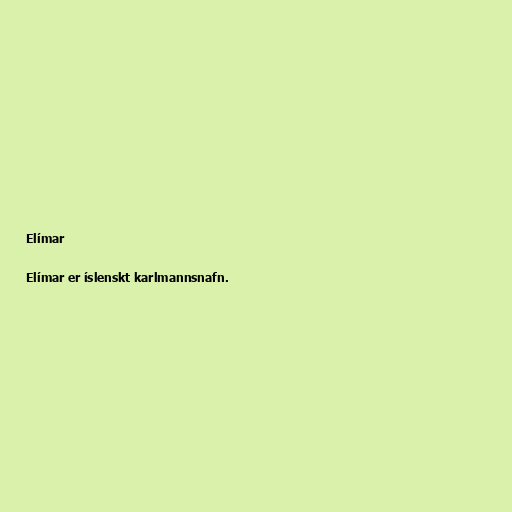
Elímar

Elímar er íslenskt karlmannsnafn.